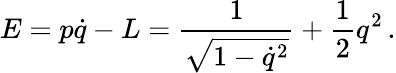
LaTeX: E=p\dot{q}-L={\frac{1}{\sqrt{1-\dot{q}^{2}}}}+{\frac{1}{2}}q^{2}\, .